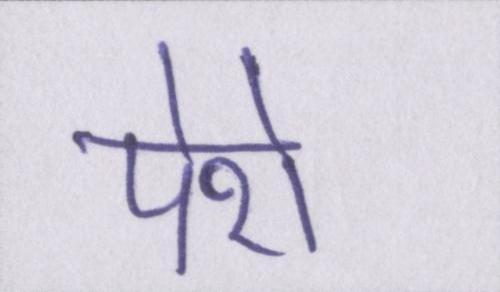
पेशे